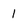
Character: 1